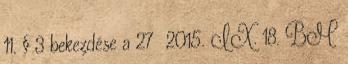
11. § 3 bekezdése a 27 2015. IX. 18. BM